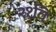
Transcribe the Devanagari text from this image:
२१वि